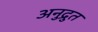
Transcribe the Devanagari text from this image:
अनुद्रुत